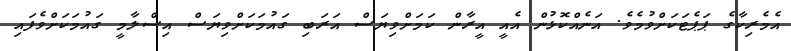
އެމެރިކާގެ ޕަޕެޓަކަށްވުމެވެ. އަނެއްކޮޅުން އެއީ އީރާން ކަމަށްވިޔަސް އަރަބި ގައުމަކަށްވިޔަސް އިސްލާމީ ގައުމަކަށްވެފައި